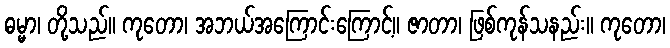
ဓမ္မာ၊ တို့သည်။ ကုတော၊ အဘယ်အကြောင်းကြောင့်။ ဇာတာ၊ ဖြစ်ကုန်သနည်း။ ကုတော၊